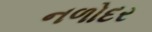
નળોદર